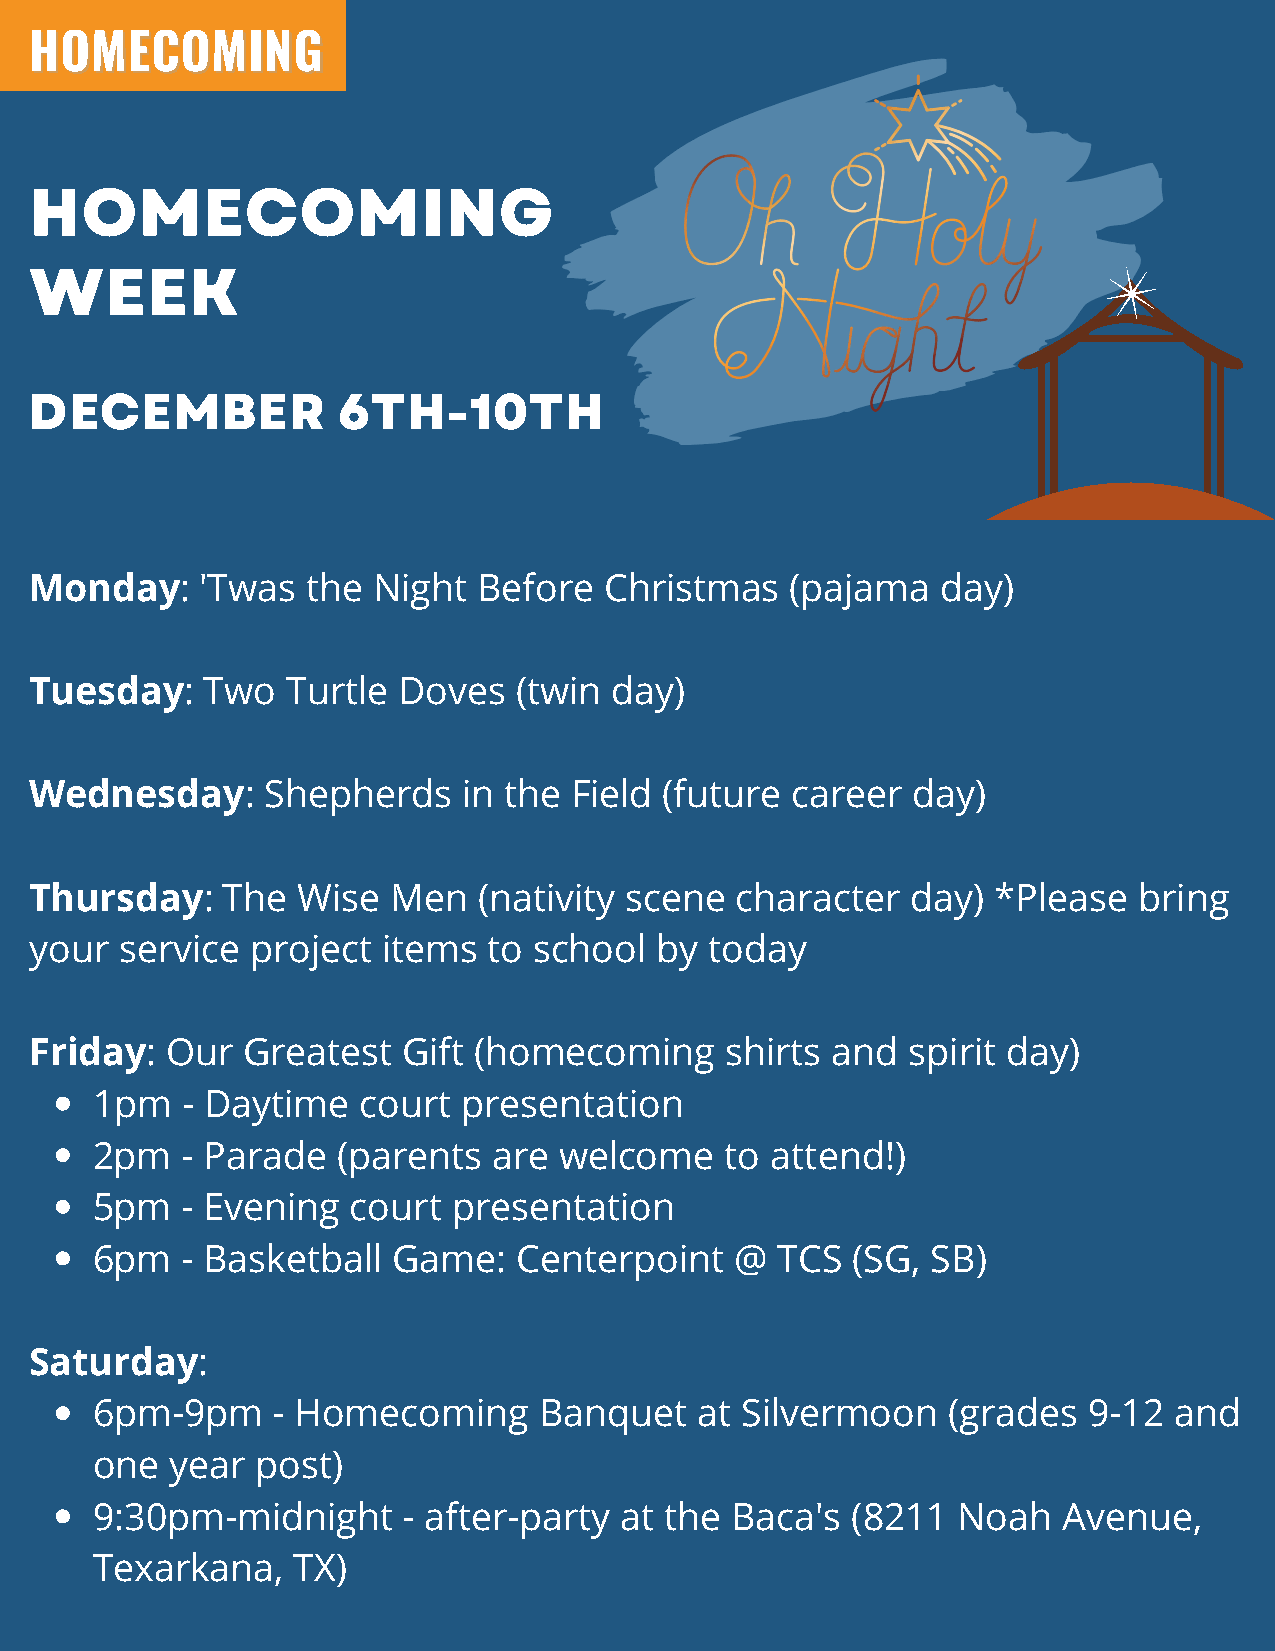
HHOOMMEECCOOMMIINNGG
 HOMECOMING
 WEEK
 DECEMBER            6TH-10TH
 Monday:    'Twas  the  Night  Before  Christmas   (pajama   day)
 Tuesday:   Two   Turtle Doves   (twin  day)
 Wednesday:     Shepherds     in the Field (future career  day)
 Thursday:    The  Wise  Men   (nativity scene  character  day)  *Please  bring
 your  service  project items  to school   by today
 Friday:  Our  Greatest   Gift (homecoming     shirts and  spirit day)
 1pm   - Daytime   court  presentation
 2pm   - Parade  (parents   are welcome    to attend!)
 5pm   - Evening  court  presentation
 6pm   - Basketball  Game:   Centerpoint    @  TCS  (SG, SB)
 Saturday:
 6pm-9pm     - Homecoming      Banquet   at Silvermoon    (grades  9-12  and
 one  year  post)
 9:30pm-midnight      - after-party at the Baca's  (8211  Noah   Avenue,
 Texarkana,   TX)